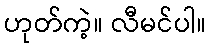
ဟုတ်ကဲ့။ လီမင်ပါ။